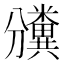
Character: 𥽡